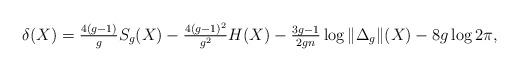
LaTeX: \begin{align*}\delta(X)=\tfrac{4(g-1)}{g}S_{g}(X)-\tfrac{4(g-1)^{2}}{g^{2}}H(X)-\tfrac{3g-1}{2gn}\log\|\Delta_{g}\|(X)-8g\log2\pi,\end{align*}